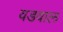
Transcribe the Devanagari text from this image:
वडवाल